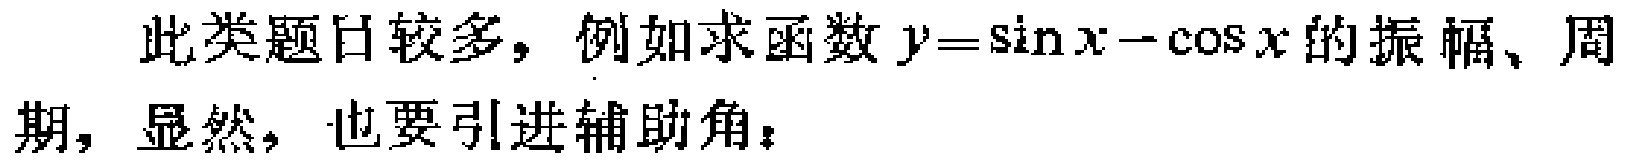
此类题目较多，例如求函数\(y = \sin x - \cos x\)的振幅、周期，显然，也要引进辅助角：